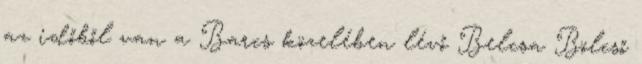
az időből van a Barcs közelében lévő Belcsa Bölcső